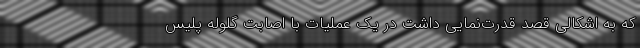
که به اشکالی قصد قدرت‌نمایی داشت در یک عملیات با اصابت گلوله پلیس